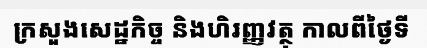
ក្រសួងសេដ្ឋកិច្ច និងហិរញ្ញវត្ថុ កាលពីថ្ងៃទី